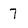
Character: 7